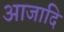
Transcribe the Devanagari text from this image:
आजादि